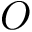
O